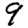
Digit: 9